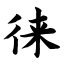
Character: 徕